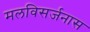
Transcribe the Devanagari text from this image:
मलविसर्जनास